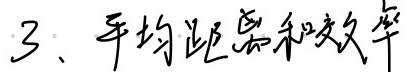
3、平均距离和效率